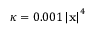
\kappa = 0 . 0 0 1 \left| \mathbf { x } \right| ^ { 4 }